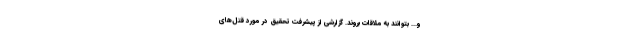
و... بتوانند به ملاقات بروند. گزارشى از پیشرفت تحقیق در مورد قتل‌هاى